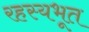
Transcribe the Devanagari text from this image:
रहस्यभूत